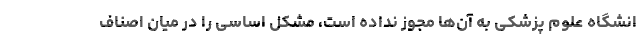
انشگاه علوم پزشکی به آن‌ها مجوز نداده است، مشکل اساسی را در میان اصناف